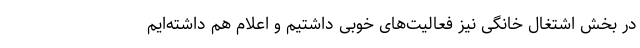
در بخش اشتغال خانگی نیز فعالیت‌های خوبی داشتیم و اعلام هم داشته‌ایم